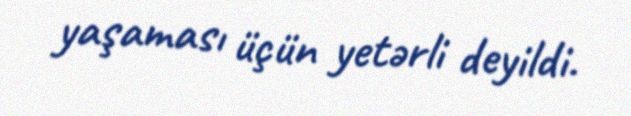
yaşaması üçün yetərli deyildi.